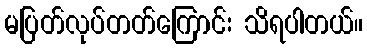
မပြတ်လုပ်တတ်ကြောင်း သိရပါတယ်။